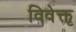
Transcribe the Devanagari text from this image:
विवेक्तृ